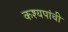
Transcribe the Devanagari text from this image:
कश्यपांची